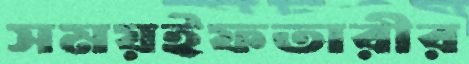
সময়ইফতারীর